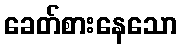
ခေတ်စားနေသော